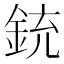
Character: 銃